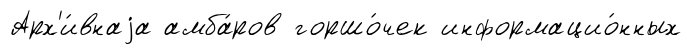
Арх'и́внаjа амба́ров горшо́чек информацио́нных